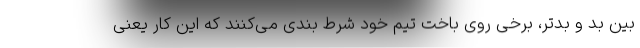
بین بد و بدتر، برخی روی باخت تیم خود شرط بندی می‌کنند که این کار یعنی